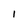
Character: l